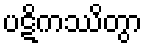
ပဋိကဿိတွာ